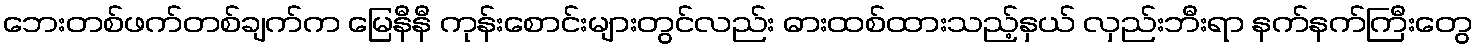
ဘေးတစ်ဖက်တစ်ချက်က မြေနီနီ ကုန်းစောင်းများတွင်လည်း ဓားထစ်ထားသည့်နှယ် လှည်းဘီးရာ နက်နက်ကြီးတွေ